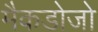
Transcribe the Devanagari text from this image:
मैकडोजो